画像に写った文字を読んでください
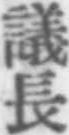
「議長」と書いてあります